Account of plague administration in the Bombay Presidency from September 1896 till May 1897
Year: 1896
Disease focus: Plague
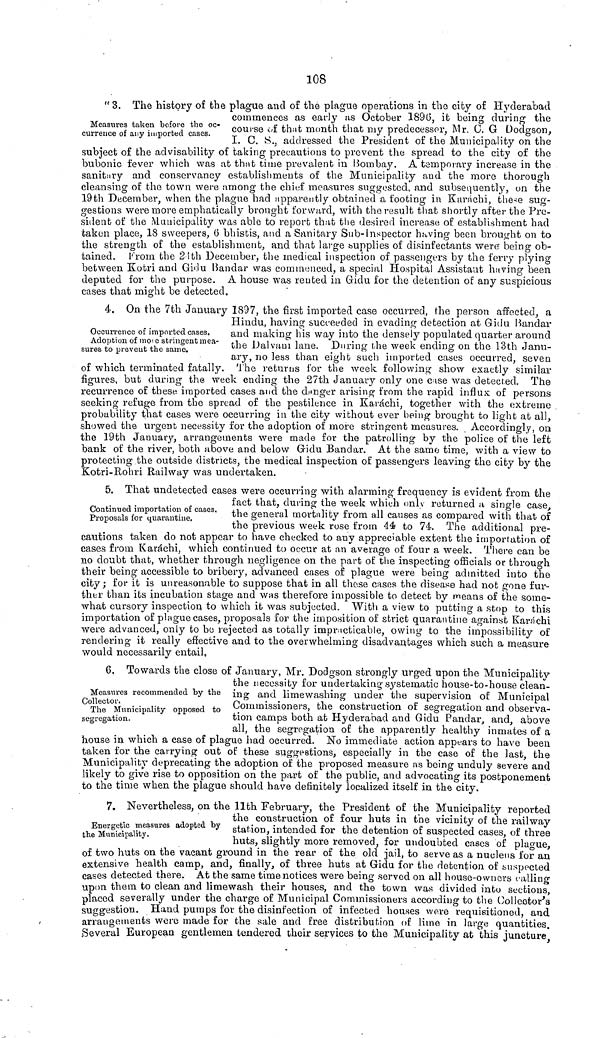
108
" 3. The history of the plague and of the plague operations in the city of Hyderabad
commences as early as October 1896, it being during the
Measures taken before the oc- course of that month that my predecessor, Mr. 0. G Dodgson,
curreuce of any imported cases.
I. C. S., addressed the President or the Municipality on the
subject of the advisability of taking precautions to prevent the spread to the city of the
bubonic fever which was at that time prevalent in Bombay. A temporary increase in the
sanitary and conservancy establishments of the Municipality and the more thorough
cleansing of the town were among the chief measures suggested, and subsequently, on the
19th December, when the plague had apparently obtained a footing in Karachi, these sug-
gestions were more emphatically brought forward, with the result that shortly after the Pre-
sident of the Municipality was able to report that the desired increase of establishment had
taken place, 18 sweepers, 6 bhistis, and a Sanitary Sub-Inspector having been brought on to
the strength of the establishment, and that large supplies of disinfectants were being ob-
tained. From the 24th December, the medical inspection of passengers by the ferry plying
between Kotri and Gidu Bandar was commenced, a special Hospital Assistant having been
deputed for the purpose. A house was rented in Gidu for the detention of any suspicious
cases that might be detected.
Occurrence of imported cases.
Adoption of more stringent mea-
sures to prevent the same.
4. On the 7th January 1897, the first imported case occurred, the person affected, a
Hindu, having succeeded in evading detection at Gidu Bandar
and making his way into the densely populated quarter around
the Dalvaini lane. During the week ending on the 13th Janu-
ary, no less than eight such imported cases occurred, seven
of which terminated fatally. The returns for the week following show exactly similar
figures, but during the week ending the 27th January only one case was detected. The
recurrence of these imported cases and the danger arising from the rapid influx of persons
seeking refuge from the spread of the pestilence in Karachi, together with the extreme
probability that cases were occurring in the city without ever being brought to light at all,
showed the urgent necessity for the adoption of more stringent measures. Accordingly, on
the 19th January, arrangements were made for the patrolling by the police of the left
bank of the river, both above and below Gidu Bandar. At the same time, with a view to
protecting the outside districts, the medical inspection of passengers leaving the city by the
Kotri-Rohri Railway was undertaken.
Continued importation of cases.
Proposals for quarantine.
5. That undetected cases were occurring with alarming; frequency is evident from the
fact that, during the week which only returned a single case,
the general mortality from all causes as compared with that of
the previous week rose from 44 to 74. The additional pre-
cautions taken do not appear to nave checked, to any appreciable extent the importation of
cases from Karachi, which continued to occur at an average of four a week. There can be
no doubt that, whether through negligence on the part of the inspecting officials or through
their being accessible to bribery, advanced cases of plague were being admitted into the
city; for it is unreasonable to suppose that in all these cases the disease had not gone fur-
ther than its incubation stage and was therefore impossible to detect by means of the some-
what cursory inspection, to which it was subjected. With a view to putting a stop to this
importation of plague cases, proposals for the imposition of strict quarantine against Karachi
were advanced, only to be rejected as totally impracticable, owing to the impossibility of
rendering it really effective and to the overwhelming disadvantages which such a measure
would necessarily entail,
Measures recommended by the
Collector.
The Municipality opposed to
segregation.
6. Towards the close of January, Mr. Dodgson strongly urged upon the Municipality
the necessity for undertaking systematic house-to-house clean-
ing and limewashing under the supervision of Municipal
Commissioners, the construction of segregation and observa-
tion camps both at Hyderabad and Gidu Pandar, and, above
all, the segregation of the apparently healthy inmates of a
house in which a case of plague had occurred. No immediate action appears to have been
taken for the carrying out of these suggestions, especially in the case of the last, the
Municipality deprecating the adoption of the proposed measure as being unduly severe and
likely to give rise to opposition on the part of the public, and advocating its postponement
to the time when the plague should have definitely localized itself in the city.
Energetic measures adopted by
the Municipality.
7. Nevertheless, on the llth February, the President of the Municipality reported
the construction of four huts in the vicinity of the railway
station, intended for the detention of suspected cases, of three
huts, slightly more removed, for undoubted cases of plague,
of two huts on the vacant ground in the rear or the old jail, to serve as a nucleus for an
extensive health camp, and, finally, of three huts at Gidu for the detention of suspected
cases detected there. At the same time notices were being served on all house-owners calling
upon them to clean and limewash their houses, and the town was divided into sections,
placed severally under the charge of Municipal Commissioners according to the Collector's
suggestion. Hand pumps for the disinfection of infected houses were requisitioned, and
arrangements were made for the sale and free distribution of lime in large quantities.
Several European gentlemen tendered their services to the Municipality at this juncture